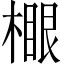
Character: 𣙧